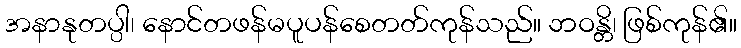
အနာနုတပ္ပါ၊ နောင်တဖန်မပူပန်စေတတ်ကုန်သည်။ ဘဝန္တိ၊ ဖြစ်ကုန်၏။